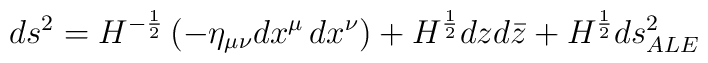
ds^2=H^{-\frac{1}{2}}\left (-\eta_{\mu\nu}dx^\mu\,dx^\nu \right)+H^{\frac{1}{2}}dzd\bar{z}+H^{\frac{1}{2}}ds^2_{ALE}